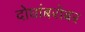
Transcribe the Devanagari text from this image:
दोघांबरोबर